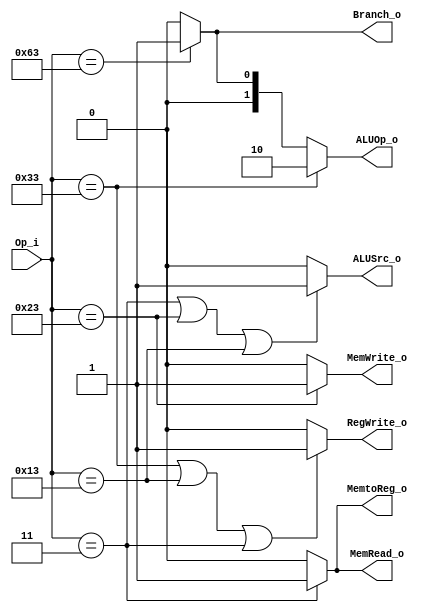
module Control
(
	Op_i,
	ALUOp_o,
	ALUSrc_o,
	Branch_o,
	MemRead_o,
	MemWrite_o,
	RegWrite_o,
	MemtoReg_o
);

input [6 : 0] Op_i;
output 	[1:0] ALUOp_o;
output  ALUSrc_o;
output	Branch_o;
output  MemRead_o;
output  MemWrite_o;
output  RegWrite_o;
output  MemtoReg_o;	



assign ALUSrc_o = (Op_i == 7'b0000011 || Op_i == 7'b0100011 || Op_i == 7'b0010011)? 1'b1 : 1'b0;
assign Branch_o = (Op_i == 7'b1100011)? 1'b1 :1'b0;
assign MemRead_o = (Op_i == 7'b0000011)? 1'b1 :1'b0;
assign MemWrite_o = (Op_i == 7'b0100011)? 1'b1 : 1'b0;
assign RegWrite_o = (Op_i == 7'b0110011 || Op_i == 7'b0010011 || Op_i == 7'b0000011)? 1'b1 : 1'b0;
assign MemtoReg_o = (Op_i == 7'b0000011)? 1'b1 : 1'b0;
assign ALUOp_o = (Op_i == 7'b0110011) ? 2'b10 :
                 (Op_i == 7'b1100011) ? 2'b01 : 2'b00;


endmodule